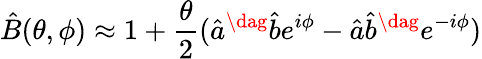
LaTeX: \hat{B}(\theta,\phi)\approx 1+\frac{\theta}{2}(\hat{a}^{\dag}\hat{b}e^{i\phi}-\hat{a}\hat{b}^{\dag}e^{-i\phi})